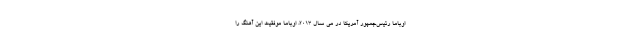
اوباما رئیس‌جمهور آمریکا در می سال 2013، اوباما موفقیت این آهنگ را